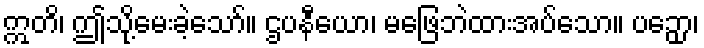
ဣတိ၊ ဤသို့မေးခဲ့သော်။ ဌပနီယော၊ မဖြေဘဲထားအပ်သော။ ပဉှော၊